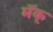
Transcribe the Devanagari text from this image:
मॅक्